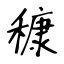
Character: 穅